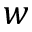
w